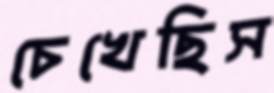
চেখেছিস